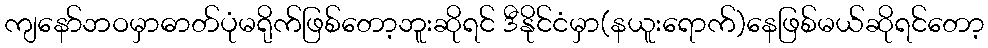
ကျနော်ဘဝမှာဓာတ်ပုံမရိုက်ဖြစ်တော့ဘူးဆိုရင် ဒီနိုင်ငံမှာ(နယူးရောက်)နေဖြစ်မယ်ဆိုရင်တော့